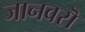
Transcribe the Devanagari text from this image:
जानवरॊ